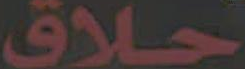
حلاق